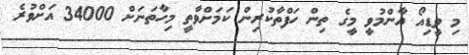
މި ވީޑިއޯ އާންމުވީ މީގެ ތިން ހަފްތާކުރިން ކަމަށްވާތީ މިހާތަނަށް 34000 އަށްވުރެ